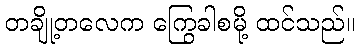
တချို့တလေက ကြွေခါစမို့ ထင်သည်။